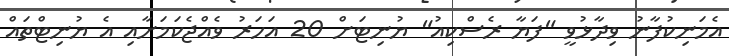
އެމަނިކުފާނު ވިދާޅުވީ "ފަޔާ ރެސްކިއު" ޔުނިޓަށް 20 އަހަރު ވެއްޖެކަމަށާއި އެ ޔުނިޓްތައް